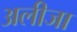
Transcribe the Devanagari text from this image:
अलीजा